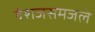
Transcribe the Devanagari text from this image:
वंशजसमजले